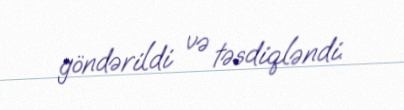
göndərildi və təsdiqləndi.